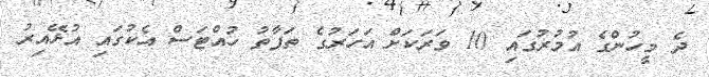
ދެ މީހުންގެ އުމުރުގައި 10 ވަރަކަށް އަހަރުގެ ތަފާތު ހުއްޓަސް އެކުގައި އުޅޭއިރު